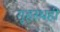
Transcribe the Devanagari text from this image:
गृहस्थही